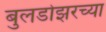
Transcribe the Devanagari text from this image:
बुलडोझरच्या